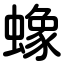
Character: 蟓